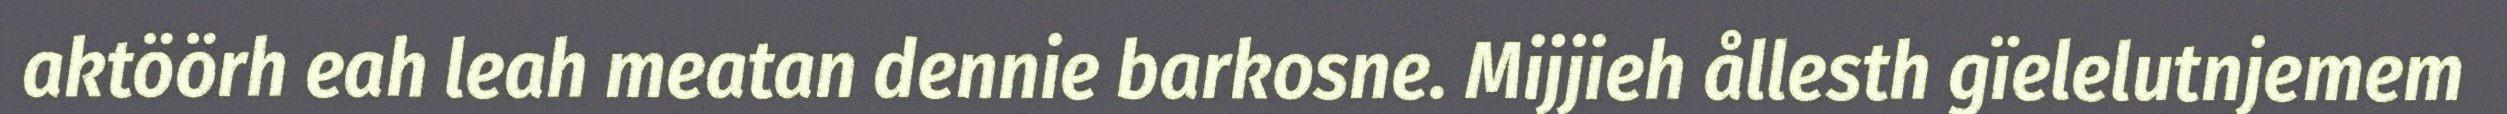
aktöörh eah leah meatan dennie barkosne. Mijjieh ållesth gïelelutnjemem